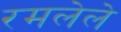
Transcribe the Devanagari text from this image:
रमलेले